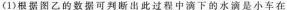
(1)根据图乙的数据可判断出此过程中滴下的水滴是小车在